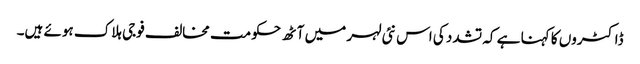
ڈاکٹروں کا کہنا ہے کہ تشدد کی اس نئی لہر میں آٹھ حکومت مخالف فوجی ہلاک ہوئے ہیں۔